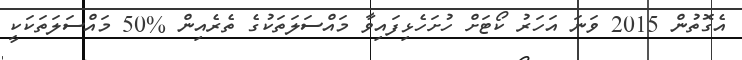
އެގޮތުން 2015 ވަނަ އަހަރު ކޯޓަށް ހުށަހެޅިފައިވާ މައްސަލަތަކުގެ ތެރެއިން %50 މައްސަލަތަކަކީ